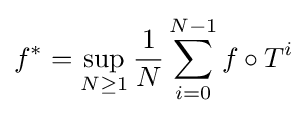
f^{*}=\sup _{N\geq 1}{\frac {1}{N}}\sum _{i=0}^{N-1}f\circ T^{i}